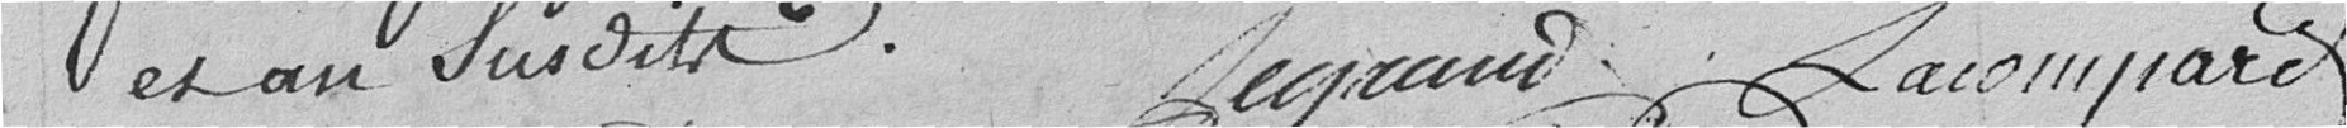
et au susdite Legrand Lacompare